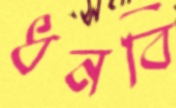
ধনবি